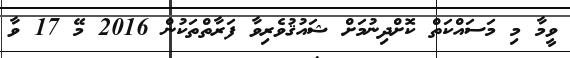
ވީމާ މި މަސައްކަތް ކޮށްދިނުމަށް ޝައުޤުވެރިވާ ފަރާތްތަކުން 2016 މޭ 17 ވާ